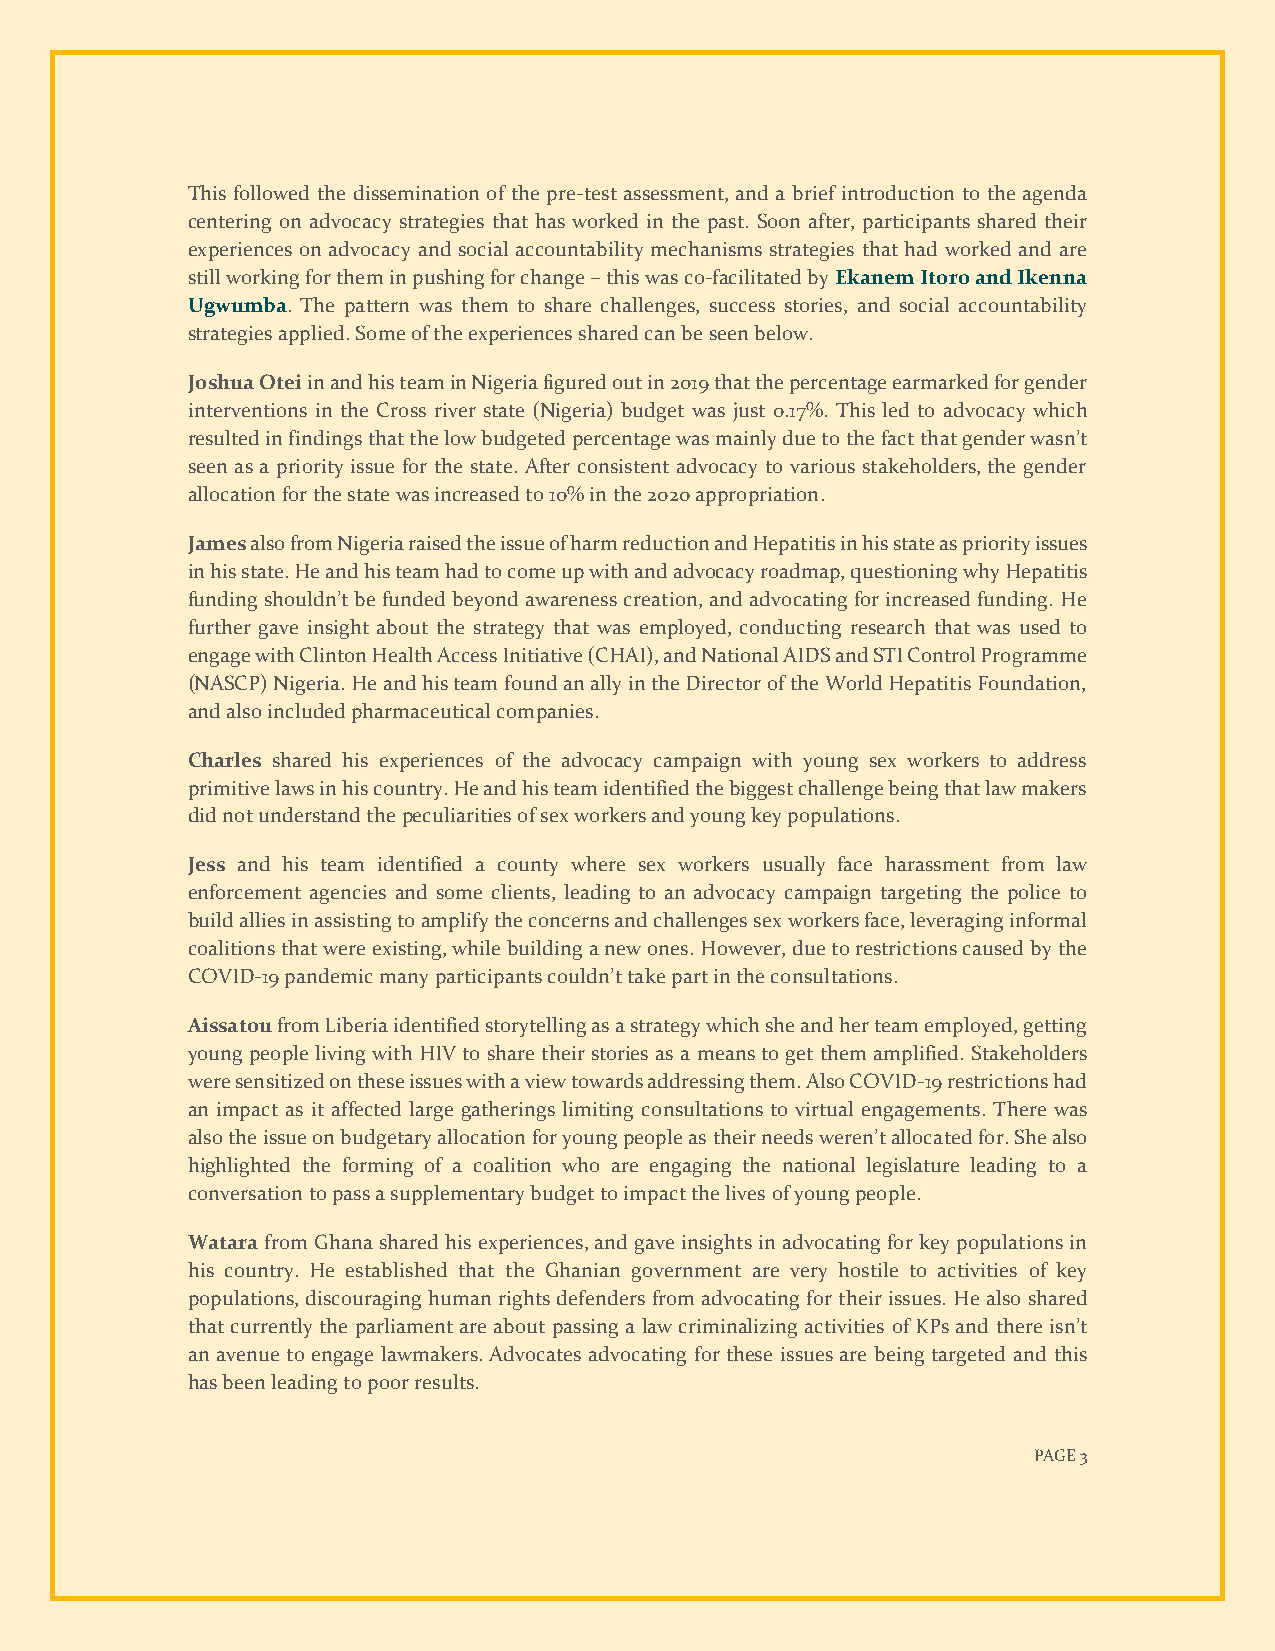
This followed the dissemination of the pre-test assessment, and a brief introduction to the agenda
 centering on advocacy strategies that has worked in the past. Soon after, participants shared their
 experiences on advocacy and social accountability mechanisms strategies that had worked and are
 still working for them in pushing for change – this was co-facilitated by Ekanem Itoro and Ikenna
 Ugwumba. The pattern was them to share challenges, success stories, and social accountability
 strategies applied. Some of the experiences shared can be seen below.
 Joshua Otei in and his team in Nigeria figured out in 2019 that the percentage earmarked for gender
 interventions in the Cross river state (Nigeria) budget was just 0.17%. This led to advocacy which
 resulted in findings that the low budgeted percentage was mainly due to the fact that gender wasn’t
 seen as a priority issue for the state. After consistent advocacy to various stakeholders, the gender
 allocation for the state was increased to 10% in the 2020 appropriation.
 James also from Nigeria raised the issue of harm reduction and Hepatitis in his state as priority issues
 in his state. He and his team had to come up with and advocacy roadmap, questioning why Hepatitis
 funding shouldn’t be funded beyond awareness creation, and advocating for increased funding. He
 further gave insight about the strategy that was employed, conducting research that was used to
 engage with Clinton Health Access Initiative (CHAI), and National AIDS and STI Control Programme
 (NASCP) Nigeria. He and his team found an ally in the Director of the World Hepatitis Foundation,
 and also included pharmaceutical companies.
 Charles shared his experiences of the advocacy campaign with young sex workers to address
 primitive laws in his country. He and his team identified the biggest challenge being that law makers
 did not understand the peculiarities of sex workers and young key populations.
 Jess and his team identified a county where sex workers usually face harassment from law
 enforcement agencies and some clients, leading to an advocacy campaign targeting the police to
 build allies in assisting to amplify the concerns and challenges sex workers face, leveraging informal
 coalitions that were existing, while building a new ones. However, due to restrictions caused by the
 COVID-19 pandemic many participants couldn’t take part in the consultations.
 Aissatou from Liberia identified storytelling as a strategy which she and her team employed, getting
 young people living with HIV to share their stories as a means to get them amplified. Stakeholders
 were sensitized on these issues with a view towards addressing them. Also COVID-19 restrictions had
 an impact as it affected large gatherings limiting consultations to virtual engagements. There was
 also the issue on budgetary allocation for young people as their needs weren’t allocated for. She also
 highlighted the forming of a coalition who are engaging the national legislature leading to a
 conversation to pass a supplementary budget to impact the lives of young people.
 Watara from Ghana shared his experiences, and gave insights in advocating for key populations in
 his country. He established that the Ghanian government are very hostile to activities of key
 populations, discouraging human rights defenders from advocating for their issues. He also shared
 that currently the parliament are about passing a law criminalizing activities of KPs and there isn’t
 an avenue to engage lawmakers. Advocates advocating for these issues are being targeted and this
 has been leading to poor results.
 PAGE 3